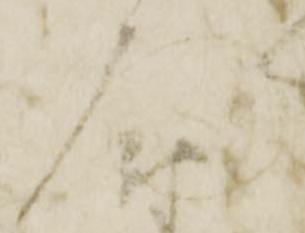
門